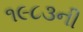
૧૯૮૩ની